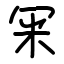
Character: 冞